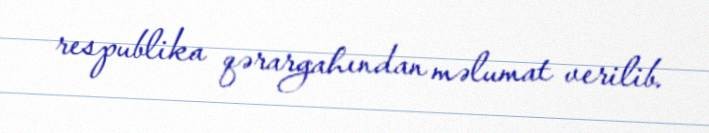
respublika qərargahından məlumat verilib.